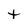
Character: t